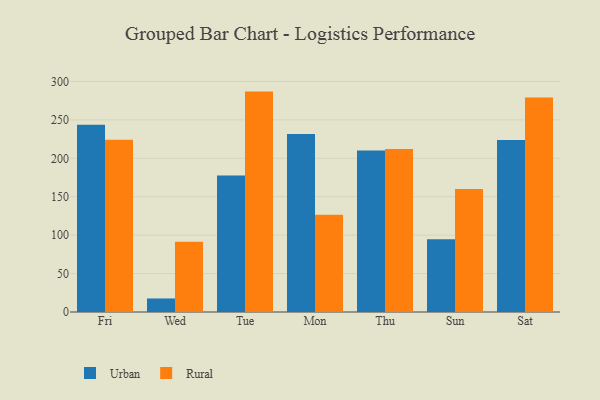
{"axis": {"x": "Day", "y": "Energy Usage (MWh)"}, "legend": ["Rural", "Urban"], "data": [{"x": "Fri", "y": 243.8, "type": "Urban"}, {"x": "Fri", "y": 224.2, "type": "Rural"}, {"x": "Wed", "y": 17.6, "type": "Urban"}, {"x": "Wed", "y": 91.3, "type": "Rural"}, {"x": "Tue", "y": 177.7, "type": "Urban"}, {"x": "Tue", "y": 286.8, "type": "Rural"}, {"x": "Mon", "y": 231.5, "type": "Urban"}, {"x": "Mon", "y": 126.7, "type": "Rural"}, {"x": "Thu", "y": 210.3, "type": "Urban"}, {"x": "Thu", "y": 212.2, "type": "Rural"}, {"x": "Sun", "y": 94.7, "type": "Urban"}, {"x": "Sun", "y": 159.9, "type": "Rural"}, {"x": "Sat", "y": 223.8, "type": "Urban"}, {"x": "Sat", "y": 279.1, "type": "Rural"}]}